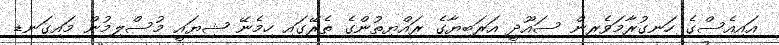
އައިއެސްގެ ހަނގުރާމަވެރިން ސައޫދީ އަރަބިޔާގެ ރައްޔިތުންގެ ތެރޭގައި ހިމެނޭ ޝިޔައީ މުސްލިމުން މައިގަނޑ